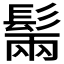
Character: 𩭫